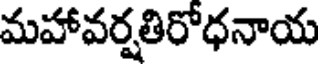
మహావర్షతిరోధనాయ